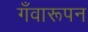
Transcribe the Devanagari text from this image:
गँवारूपन